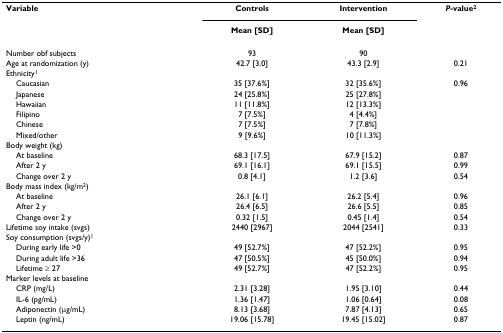
<table><thead><tr><td><b>Variable</b></td><td><b>Controls</b></td><td><b>Intervention</b></td><td><b><i>P</i>-value<sup>2</sup></b></td></tr><tr><td></td><td><b>Mean [SD]</b></td><td><b>Mean [SD]</b></td><td></td></tr></thead><tbody><tr><td>Number obf subjects</td><td>93</td><td>90</td><td></td></tr><tr><td>Age at randomization (y)</td><td>42.7 [3.0]</td><td>43.3 [2.9]</td><td>0.21</td></tr><tr><td>Ethnicity<sup>1</sup></td><td></td><td></td><td></td></tr><tr><td> Caucasian</td><td>35 [37.6%]</td><td>32 [35.6%]</td><td>0.96</td></tr><tr><td> Japanese</td><td>24 [25.8%]</td><td>25 [27.8%]</td><td></td></tr><tr><td> Hawaiian</td><td>11 [11.8%]</td><td>12 [13.3%]</td><td></td></tr><tr><td> Filipino</td><td>7 [7.5%]</td><td>4 [4.4%]</td><td></td></tr><tr><td> Chinese</td><td>7 [7.5%]</td><td>7 [7.8%]</td><td></td></tr><tr><td> Mixed/other</td><td>9 [9.6%]</td><td>10 [11.3%]</td><td></td></tr><tr><td>Body weight (kg)</td><td></td><td></td><td></td></tr><tr><td> At baseline</td><td>68.3 [17.5]</td><td>67.9 [15.2]</td><td>0.87</td></tr><tr><td> After 2 y</td><td>69.1 [16.1]</td><td>69.1 [15.5]</td><td>0.99</td></tr><tr><td> Change over 2 y</td><td>0.8 [4.1]</td><td>1.2 [3.6]</td><td>0.54</td></tr><tr><td>Body mass index (kg/m<sup>2</sup>)</td><td></td><td></td><td></td></tr><tr><td> At baseline</td><td>26.1 [6.1]</td><td>26.2 [5.4]</td><td>0.96</td></tr><tr><td> After 2 y</td><td>26.4 [6.5]</td><td>26.6 [5.5]</td><td>0.85</td></tr><tr><td> Change over 2 y</td><td>0.32 [1.5]</td><td>0.45 [1.4]</td><td>0.54</td></tr><tr><td>Lifetime soy intake (svgs)</td><td>2440 [2967]</td><td>2044 [2541]</td><td>0.33</td></tr><tr><td>Soy consumption (svgs/y)<sup>1</sup></td><td></td><td></td><td></td></tr><tr><td> During early life &gt;0</td><td>49 [52.7%]</td><td>47 [52.2%]</td><td>0.95</td></tr><tr><td> During adult life &gt;36</td><td>47 [50.5%]</td><td>45 [50.0%]</td><td>0.94</td></tr><tr><td> Lifetime ≥ 27</td><td>49 [52.7%]</td><td>47 [52.2%]</td><td>0.95</td></tr><tr><td>Marker levels at baseline</td><td></td><td></td><td></td></tr><tr><td> CRP (mg/L)</td><td>2.31 [3.28]</td><td>1.95 [3.10]</td><td>0.44</td></tr><tr><td> IL-6 (pg/mL)</td><td>1.36 [1.47]</td><td>1.06 [0.64]</td><td>0.08</td></tr><tr><td> Adiponectin (μg/mL)</td><td>8.13 [3.68]</td><td>7.87 [4.13]</td><td>0.65</td></tr><tr><td> Leptin (ng/mL)</td><td>19.06 [15.78]</td><td>19.45 [15.02]</td><td>0.87</td></tr></tbody></table>